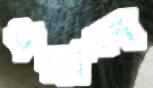
ধরাল